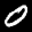
Label: 0